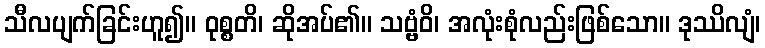
သီလပျက်ခြင်းဟူ၍။ ဝုစ္စတိ၊ ဆိုအပ်၏။ သဗ္ဗံဝိ၊ အလုံးစုံလည်းဖြစ်သော။ ဒုဿိလျံ၊